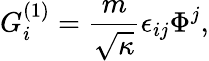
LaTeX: G_{i}^{(1)}=\frac{m}{\sqrt{\kappa}}\epsilon_{ij}\Phi^{j},